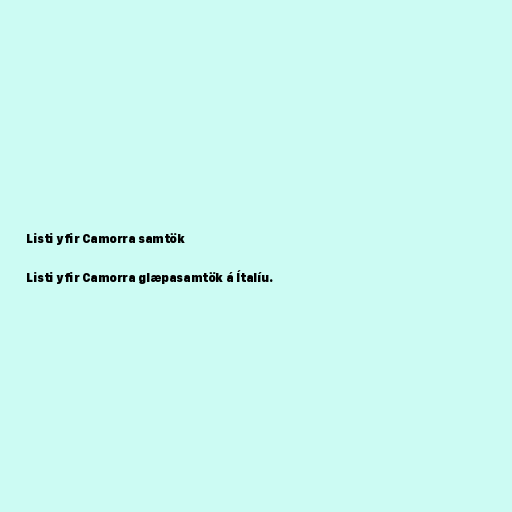
Listi yfir Camorra samtök

Listi yfir Camorra glæpasamtök á Ítalíu.